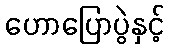
ဟောပြောပွဲနှင့်